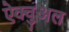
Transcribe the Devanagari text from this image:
ऐक्चुअल